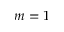
m = 1